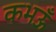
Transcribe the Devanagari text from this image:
कभऊँ